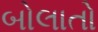
બોલાતો